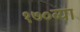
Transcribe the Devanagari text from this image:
१७०व्या